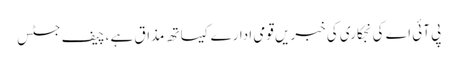
پی آئی اے کی نجکاری کی خبریں قومی ادارے کیساتھ مذاق ہے ،چیف جسٹس